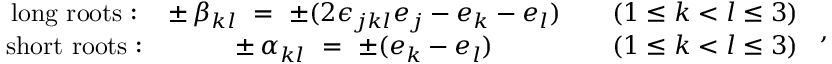
\begin{array} { c c c c } { { \mathrm { l o n g ~ r o o t s : } } } & { { \pm \, \beta _ { k l } ~ = ~ \pm ( 2 \epsilon _ { j k l } e _ { j } - e _ { k } - e _ { l } ) } } & { { } } & { { ( 1 \leq k < l \leq 3 ) } } \\ { { \mathrm { s h o r t ~ r o o t s : } } } & { { \pm \, \alpha _ { k l } ~ = ~ \pm ( e _ { k } - e _ { l } ) } } & { { } } & { { ( 1 \leq k < l \leq 3 ) } } \end{array} ~ ,